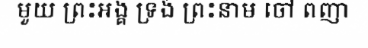
មួយ ព្រះអង្គ ទ្រង់ ព្រះនាម ចៅ ពញា